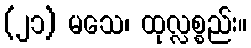
(၂၁) မသေ၊ ထုလ္လစ္စည်း။